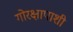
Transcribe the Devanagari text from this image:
गोरक्षापाशी